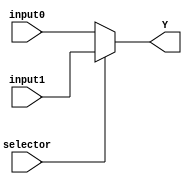
`timescale 1ns / 1ps
//////////////////////////////////////////////////////////////////////////////////
// Company: 
// Engineer: 
// 
// Design Name: 
// Module Name: multiplexer32bit2x1
// Project Name: 
// Target Devices: 
// Tool Versions: 
// Description: 
// Variable size 2x1 multiplexer. This will be used for flushing
// Dependencies: 
// 
// Revision:
// Revision 0.01 - File Created
// Additional Comments:
// 
//////////////////////////////////////////////////////////////////////////////////

module DynamicMux2x1 #(parameter bits = 32)(input [bits-1:0] input0, input1, input selector, output [bits-1:0] Y);

assign Y = (selector)? input1:input0;

endmodule